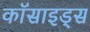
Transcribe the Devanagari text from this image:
कॉसाइड्स